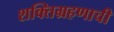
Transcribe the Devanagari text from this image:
शक्तिग्रहणाची